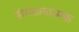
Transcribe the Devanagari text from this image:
संगठानात्मक